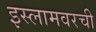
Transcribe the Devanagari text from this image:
इस्लामवरची